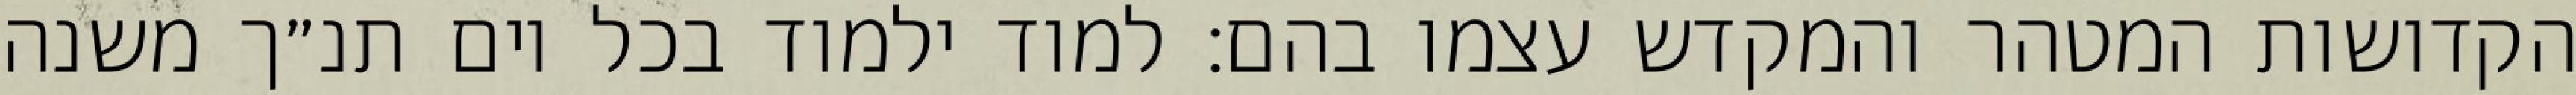
הקדושות המטהר והמקדש עצמו בהם: למוד ילמוד בכל יום תנ״ך משנה